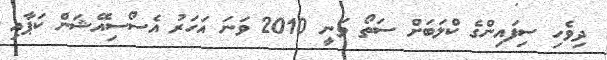
ދިވެހި ސިފައިންގެ ކްލަބަށް ސަތޯ ވަނީ 2010 ވަނަ އަހަރު އެސޯސިއޭޝަން ކަޕާއި